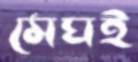
মেঘই